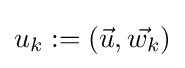
u_{k}:=({\vec {u}},{\vec {w_{k}}})